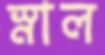
স্নাল